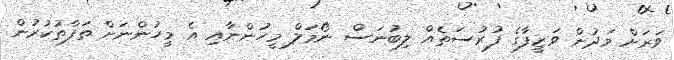
ވަރަށް މަދުން ވަޒީފާގެ ފުރުސަތެއް ލިބުނަސް ނޯމަލް މީހުންނާއި އެ މީހުންނަށް ތަފާތުކުރުން